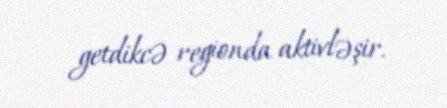
getdikcə regionda aktivləşir.